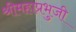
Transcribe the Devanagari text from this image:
श्रीमहाप्रभुजी